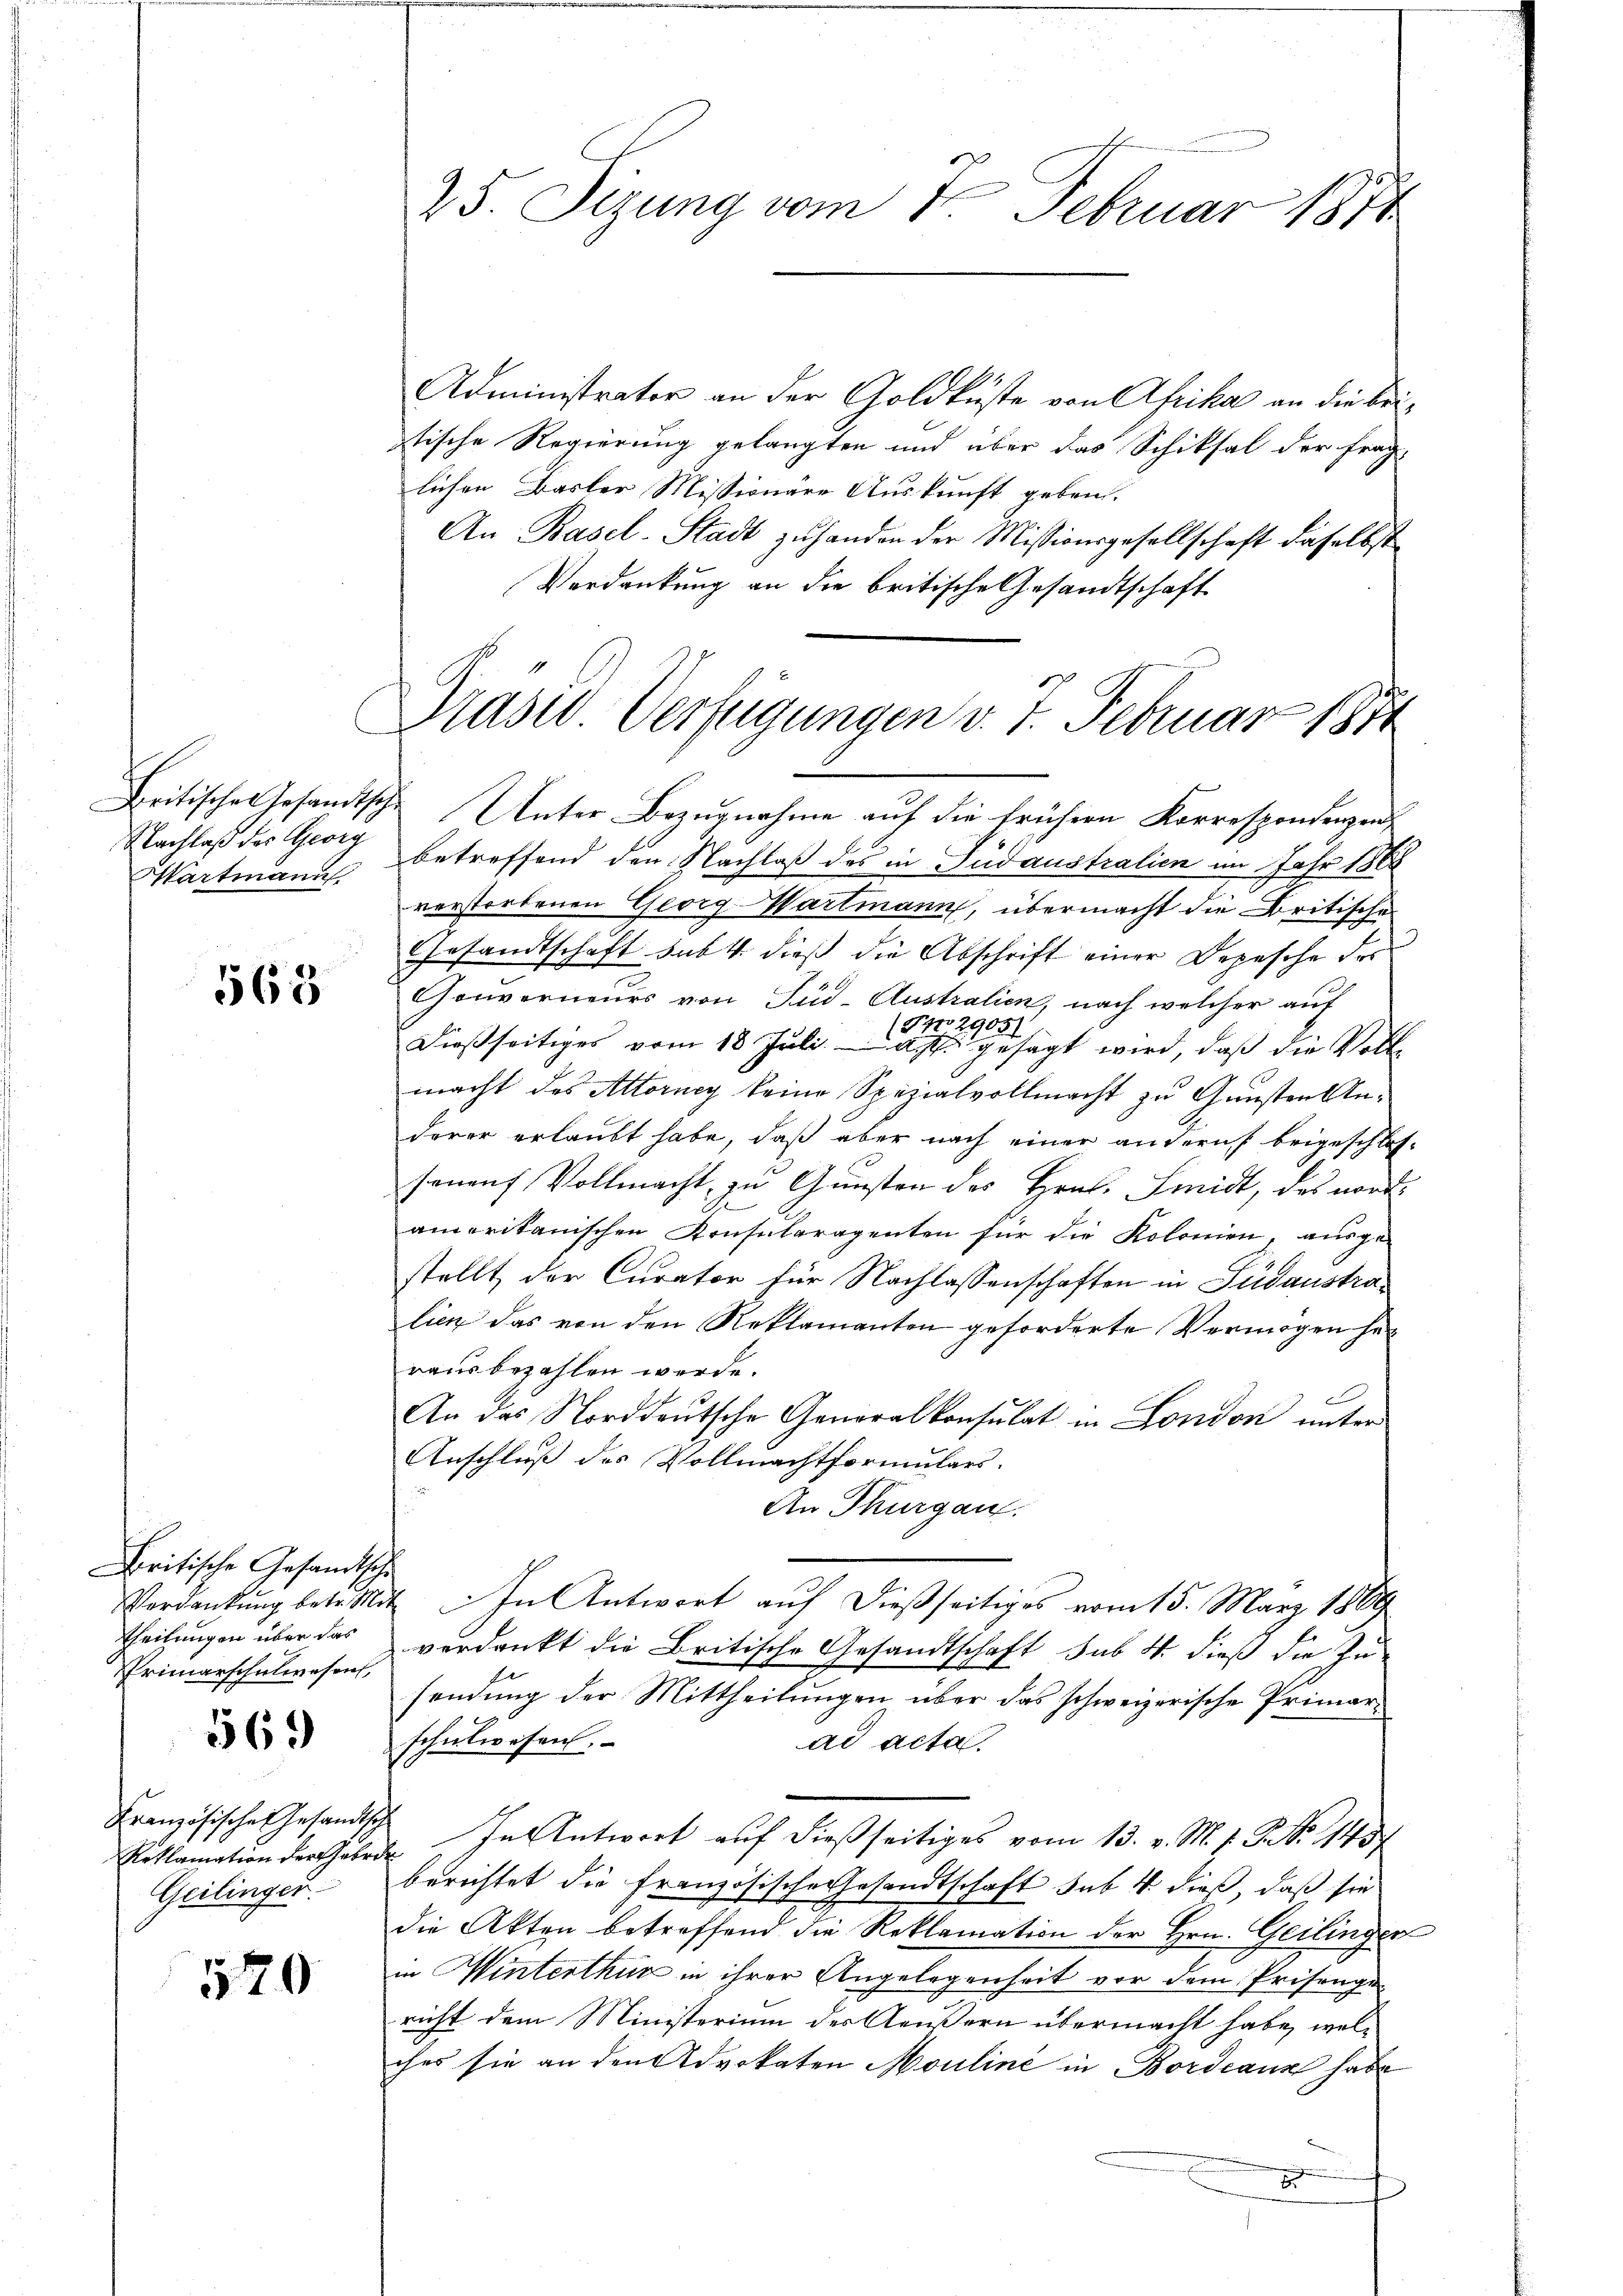
Startmann

563

Britische Gesandtschi
Theilungen über das
Primarschulwesen,

569

Französische Gesandtsche
Geilinger.

570

Administrator an der Goldküste von Afrika an die beistische Regierung gelangten und über das Schiksal der frag-
lichen Basler Missionäre Auskunft geben.
An Basel-Stadt zu handen der Missionsgesellschaft daselbst
Verdankung an die britische Gesandtschaft

25. Sizung vom 5. Februar 1871

Prasel. Verfügungen v. 5. Februar 1874

Britisches Gesandtsche Unter Bezugnahme auf die frühern Korrespondenzen
Nachlaß des Georg betreffend den Nachlaß des in Sudaustralien im Jahr 1868
verstorbenen Georg-Wartmann, übermacht die Britische
Gesandtschaft subt dieß die Abschrift einer Depesche des
Gouverneurs von Süd-Australien, nach welcher auf
Dießseitiges vom 18. Juli gesagt wird, daß die Vollmacht des Altorney keine Spezialvollmacht zu Gunsten Anderer erlaubt habe, daß aber nach einer andern beigeschlossenauf Vollmacht, zu Gunsten des Hrn. Smidt, des nordamerikanischen Konsularagenten für die Kolonien, ausge-
stellt der Curator für Nachlassenschaften in Südaustralien das von den Reklamanten geforderte Vermögen her
raus bezahlen werde.
An das Norddeutsche Generalkonsulat in London unter
Anschluß des Vollmachtformulars.
An Thurgau.
Verdankŭng betr. Mit In Antwort aŭf dießseitiges vom 15. März 1889
verdankt die Britische Gesandtschaft sub 4. dieß die Zusendung der Mittheilungen über das schweizerische Primarschulwesen.
ad acta.
Röklamation der Garde. In Antwort aŭf dießseitiges vom 13. v. M. s. S. Nr. 1437
berichtet die französische Gesandtschaft sub 4 dieß, daß sie
die Akten betreffend die Reklamation der Hrn. Geilingen
in Winterthur in ihrer Angelegenheit vor dem Prisenge
richt dem Ministerium des Aeußern übermacht habe, welches sie an den Advokaten Mouline in Bordeaus habe
1
.